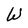
Character: W